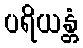
ပရိယန္တံ